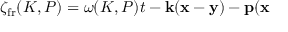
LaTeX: \zeta _ { \mathrm { f r } } ( K , P ) = \omega ( K , P ) t - { \bf k } ( { \bf x } - { \bf y } ) - { \bf p } ( { \bf x }